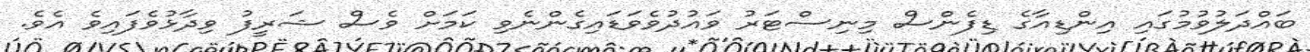
ބައްދަލުވުމުގައި އިންޑިއާގެ ޑިފެންސް މިނިސްޓަރު ވައުދުވެވަޑައިގެންނެވި ކަމަށް ވެސް ޝަރީފު ވިދާޅުވެފައިވެ އެވެ.